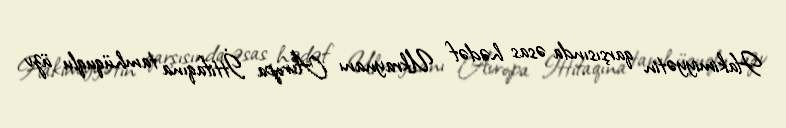
Hakimiyyətin qarşısında əsas hədəf Ukraynanı Avropa İttifaqına tamhüquqlu üzv